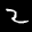
Label: 2